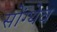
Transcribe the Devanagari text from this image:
सोंग्थेव